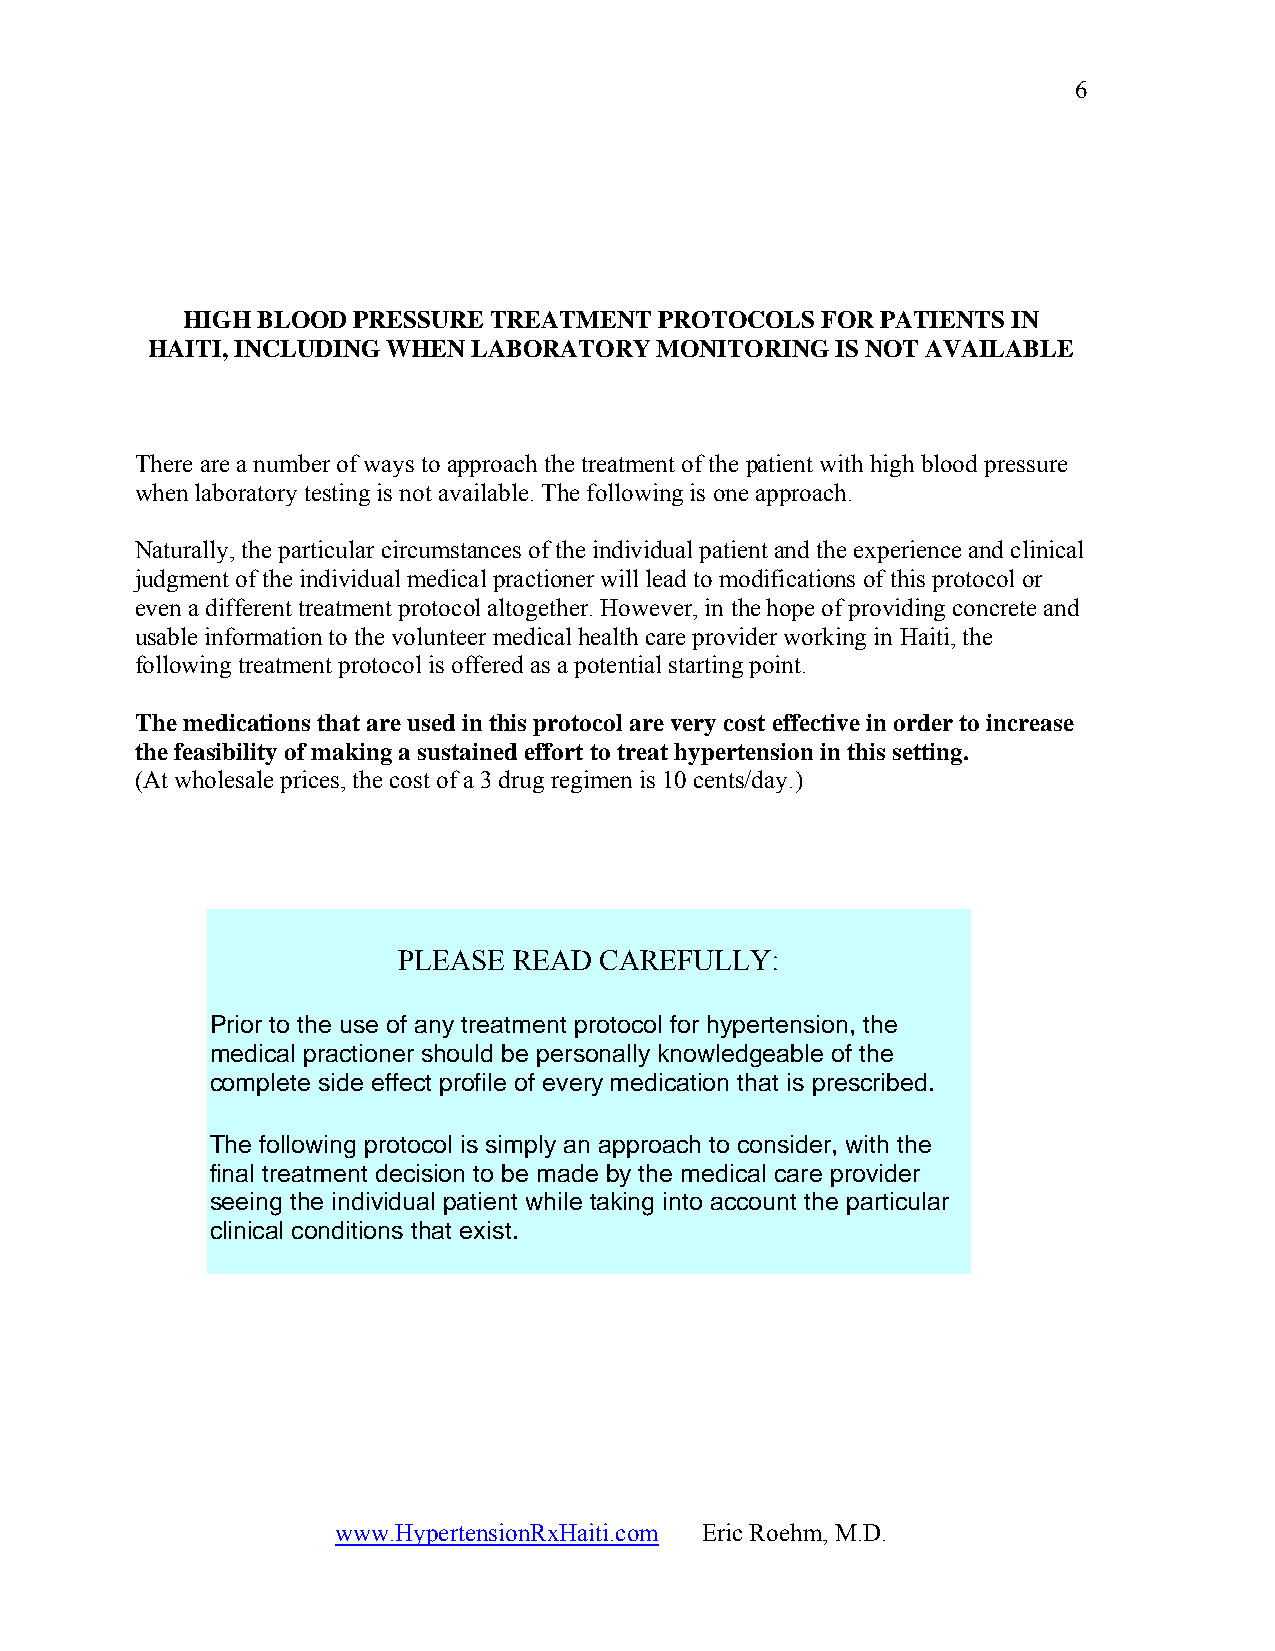
6
 HIGH BLOOD PRESSURE TREATMENT   PROTOCOLS FOR PATIENTS IN
 HAITI, INCLUDING WHEN LABORATORY  MONITORING IS NOT AVAILABLE
 There are a number of ways to approach the treatment of the patient with high blood pressure
 when laboratory testing is not available. The following is one approach.
 Naturally, the particular circumstances of the individual patient and the experience and clinical
 judgment of the individual medical practioner will lead to modifications of this protocol or
 even a different treatment protocol altogether. However, in the hope of providing concrete and
 usable information to the volunteer medical health care provider working in Haiti, the
 following treatment protocol is offered as a potential starting point.
 The medications that are used in this protocol are very cost effective in order to increase
 the feasibility of making a sustained effort to treat hypertension in this setting.
 (At wholesale prices, the cost of a 3 drug regimen is 10 cents/day.)
 PLEASE  READ  CAREFULLY:
 Prior to the use of any treatment protocol for hypertension, the
 medical practioner should be personally knowledgeable of the
 complete side effect profile of every medication that is prescribed.
 The following protocol is simply an approach to consider, with the
 final treatment decision to be made by the medical care provider
 seeing the individual patient while taking into account the particular
 clinical conditions that exist.
 www.HypertensionRxHaiti.com Eric Roehm, M.D.